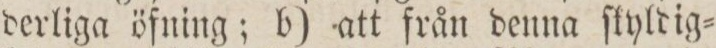
derliga öfning; b) att från denna ſkyldig=